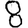
Digit: 8